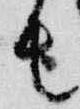
者